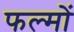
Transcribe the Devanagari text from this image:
फल्मों